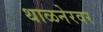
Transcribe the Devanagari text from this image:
थाळनेरवर